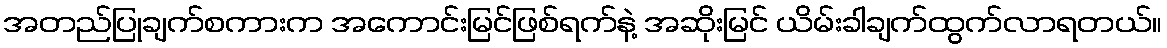
အတည်ပြုချက်စကားက အကောင်းမြင်ဖြစ်ရက်နဲ့ အဆိုးမြင် ယိမ်းခါချက်ထွက်လာရတယ်။